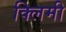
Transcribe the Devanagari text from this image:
क्लिमी